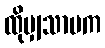
ထိုမျှသာမက